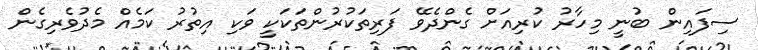
ސިފައިން ބުނީ މިހާރު ކުރިއަށް ގެންދެވޭ ފަރިތަކުރުންތަކަކީ ވަކި އިތުރު ކަމެއް މެދުވެރިގެން